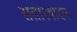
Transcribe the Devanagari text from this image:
सतारवादन